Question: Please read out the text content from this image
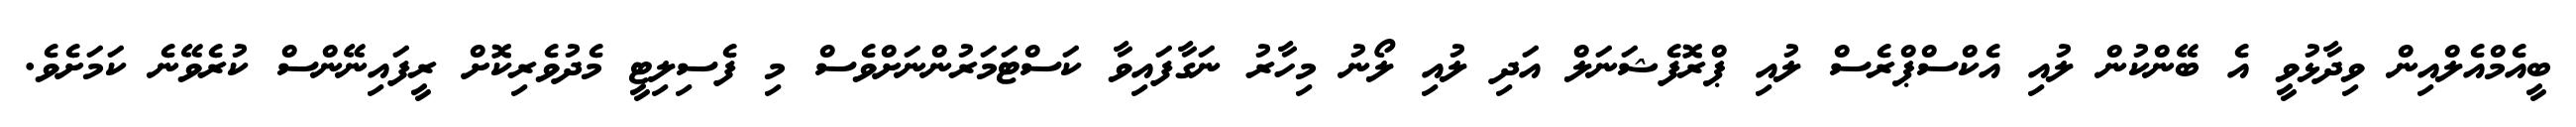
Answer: ބީއެމްއެލްއިން ވިދާޅުވީ އެ ބޭންކުން ލުއި އެކްސްޕްރެސް ލުއި ޕްރޮފެޝަނަލް އަދި ލުއި ލޯނު މިހާރު ނަގާފައިވާ ކަސްޓަމަރުންނަށްވެސް މި ފެސިލިޓީ މެދުވެރިކޮށް ރީފައިނޭންސް ކުރެވޭނެ ކަމަށެވެ.